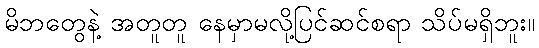
မိဘတွေနဲ့ အတူတူ နေမှာမလို့ပြင်ဆင်စရာ သိပ်မရှိဘူး။